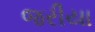
જરીયા